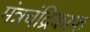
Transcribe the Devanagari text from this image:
मंत्रचंद्रिकाफ